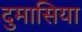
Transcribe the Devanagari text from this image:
दुमासिया